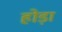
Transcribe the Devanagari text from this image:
होड़ा